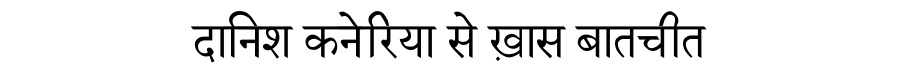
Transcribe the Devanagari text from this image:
दानिश कनेरिया से ख़ास बातचीत